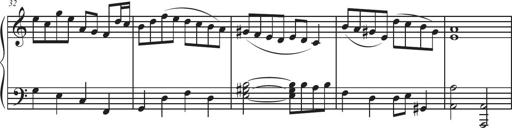
Title: Sonatina Espania
Composer: Jerald Franklin Archer
Key: Various